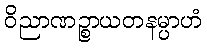
ဝိညာဏဉ္စာယတနမ္ပာဟံ